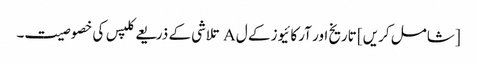
[شامل کریں] تاریخ اور آرکائیوز کے ل A تلاشی کے ذریعے کلپس کی خصوصیت۔